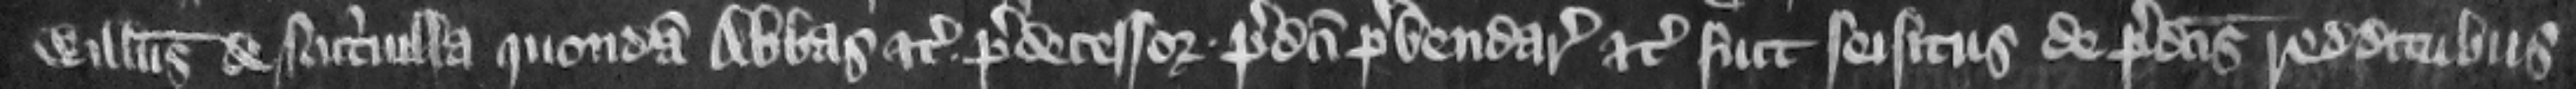
Willelmus de Nutriuilla quondam Abbas etc. predecessor. predicti prebendarii etc. fuit seisitus de predictis redditubus